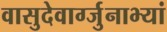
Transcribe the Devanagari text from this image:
वासुदेवार्ग्जुनाभ्यां